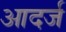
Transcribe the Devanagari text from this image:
आदर्ज